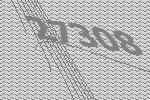
27308